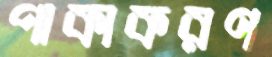
পাকাকরণ